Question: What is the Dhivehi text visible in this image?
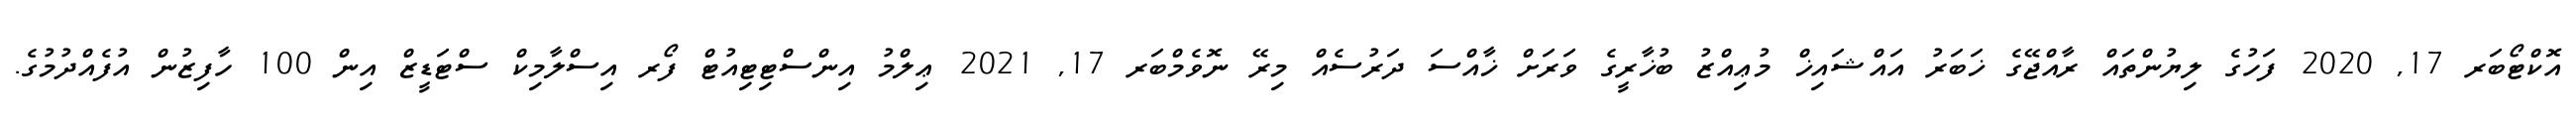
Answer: އޮކްޓޯބަރ 17, 2020 ފަހުގެ ލިޔުންތައް ރާއްޖޭގެ ޚަބަރު އައްޝައިޚް މުޢިއްޒު ބުޚާރީގެ ވަރަށް ޚާއްސަ ދަރުސެއް މިރޭ ނޮވެމްބަރ 17, 2021 ޢިލްމު އިންސްޓިޓިއުޓް ފޯރ އިސްލާމިކް ސްޓަޑީޒް އިން 100 ހާފިޒުން އުފެއްދުމުގެ.